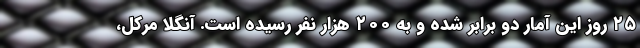
۲۵ روز این آمار دو برابر شده و به ۲۰۰ هزار نفر رسیده است. آنگلا مرکل،